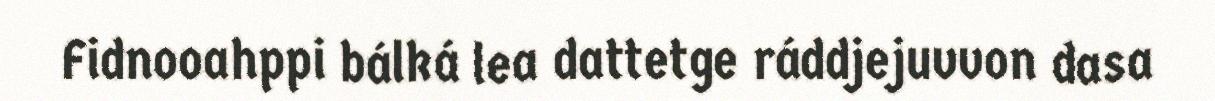
Fidnooahppi bálká lea dattetge ráddjejuvvon dasa